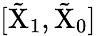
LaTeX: [\tilde{\mathrm{X}}_{1},\tilde{\mathrm{X}}_{0}]